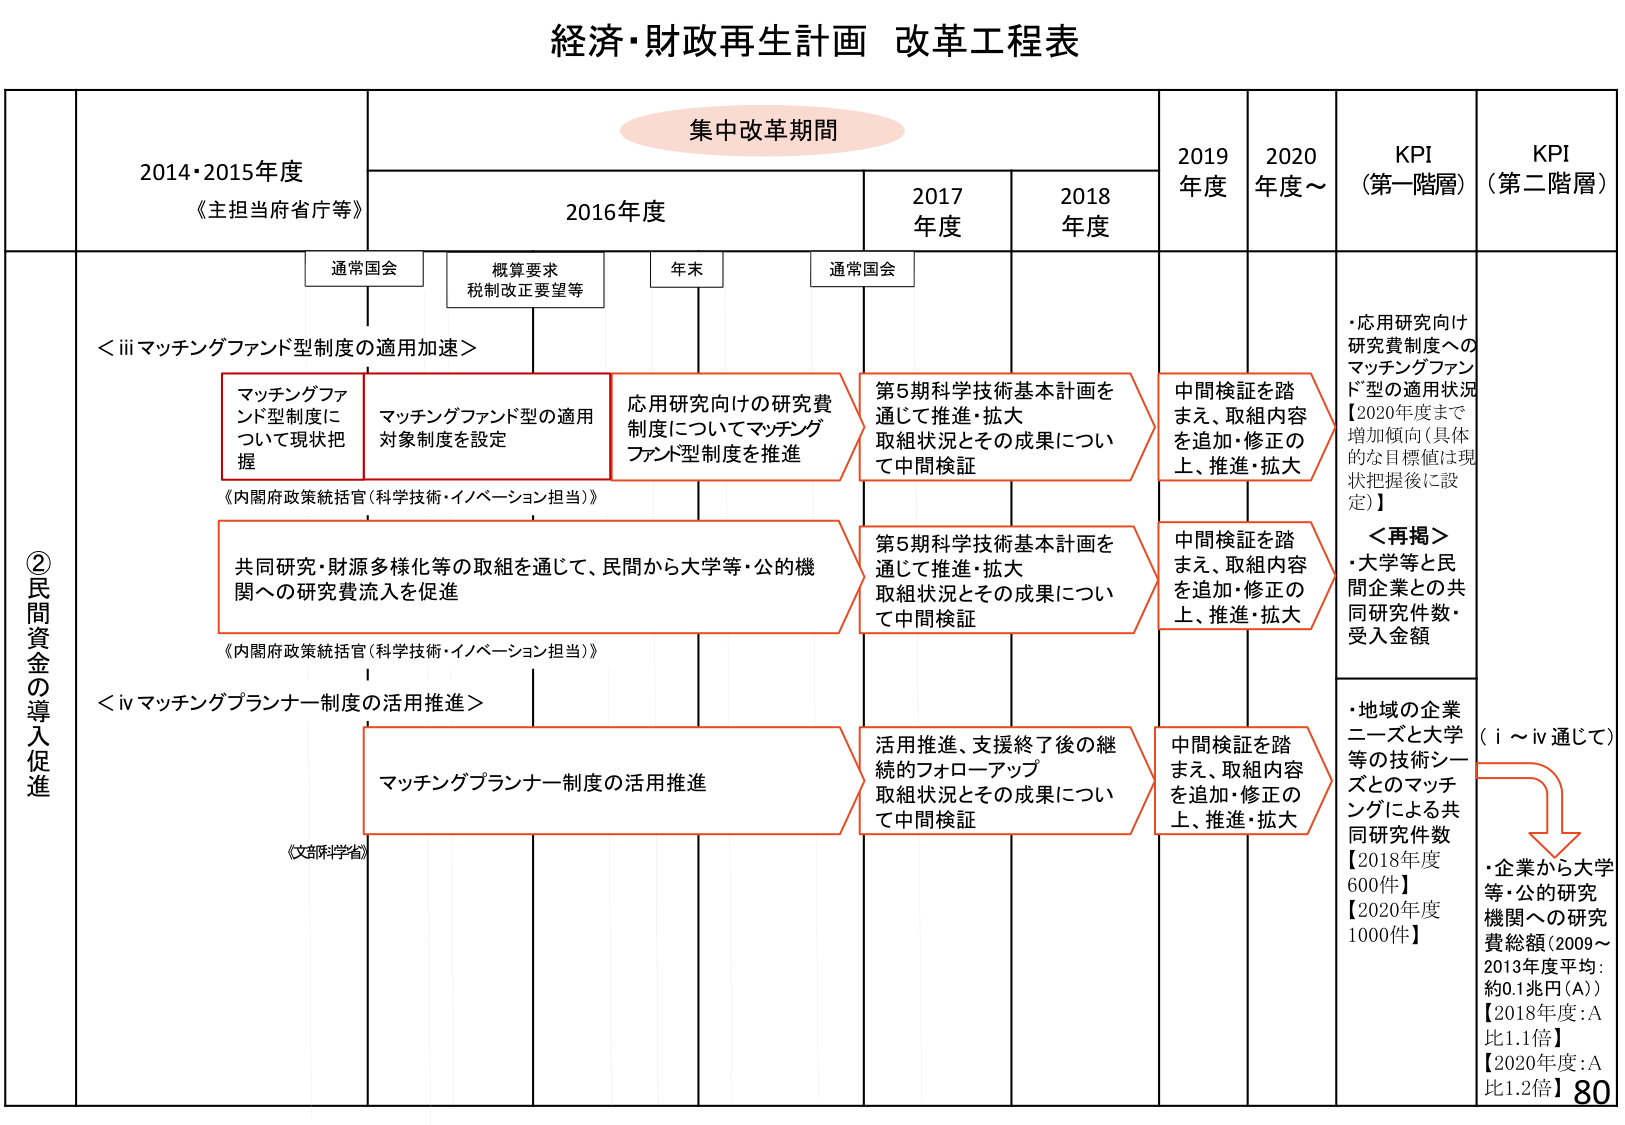
経済・財政再生計画 改革工程表

集中改革期間

2014・2015年度
《主担当府省庁等》

2016年度

2017年度

2018年度

2019年度

2020年度～

KPI（第一階層）

KPI（第二階層）

通常国会

概算要求
税制改正要望等

年末

通常国会

②民間資金の導入促進

＜ⅲマッチングファンド型制度の適用加速＞

マッチングファンド型制度について現状把握

マッチングファンド型の適用対象制度を設定

応用研究向けの研究費制度についてマッチングファンド型制度を推進

第5期科学技術基本計画を通じて推進・拡大
取組状況とその成果について中間検証

中間検証を踏まえ、取組内容を追加・修正の上、推進・拡大

・応用研究向け研究費制度へのマッチングファンド型の適用状況
【2020年度まで増加傾向（具体的な目標値は現状把握後に設定）】

＜再掲＞
・大学等と民間企業との共同研究件数・受入金額

共同研究・財源多様化等の取組を通じて、民間から大学等・公的機関への研究費流入を促進

第5期科学技術基本計画を通じて推進・拡大
取組状況とその成果について中間検証

中間検証を踏まえ、取組内容を追加・修正の上、推進・拡大

＜ⅳマッチングプランナー制度の活用推進＞

マッチングプランナー制度の活用推進

活用推進、支援終了後の継続的フォローアップ
取組状況とその成果について中間検証

中間検証を踏まえ、取組内容を追加・修正の上、推進・拡大

・地域の企業ニーズと大学等の技術シーズとのマッチングによる共同研究件数
【2018年度 600件】
【2020年度 1000件】

（ⅰ～ⅳ通じて）

・企業から大学等・公的研究機関への研究費総額（2009～2013年度平均：約0.1兆円（A））
【2018年度：A比1.1倍】
【2020年度：A比1.2倍】

《内閣府政策統括官（科学技術・イノベーション担当）》

《内閣府政策統括官（科学技術・イノベーション担当）》

《文部科学省》

80